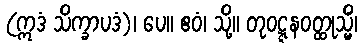
(ဣဒံ သိက္ခာပဒံ)၊ ပေ။ ဧဝံ၊ သို့။ တုဝဋ္ဋနဝတ္ထုသ္မိံ၊